Annual report on the working of the lock hospitals in the Central Provinces
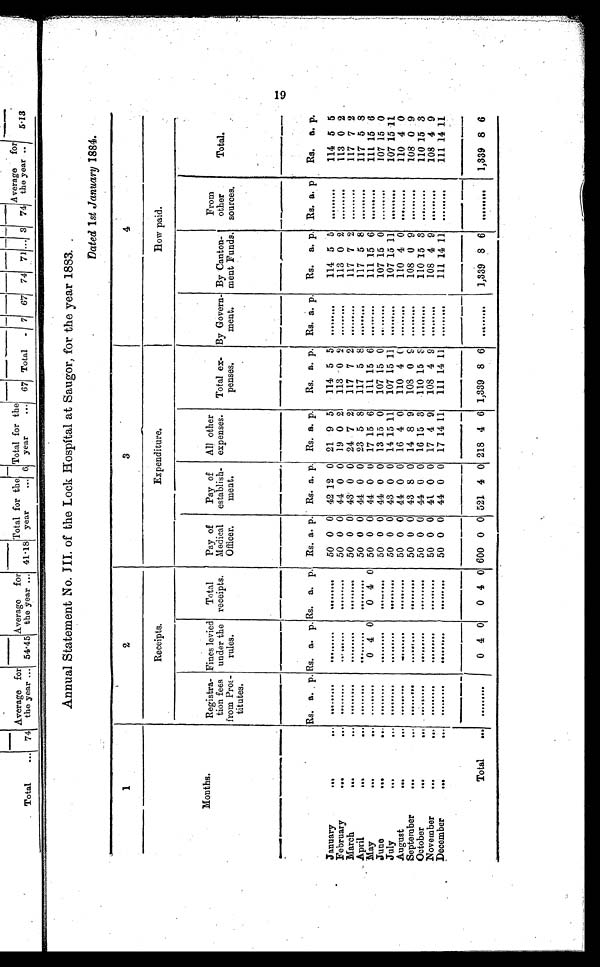
Annual Statement No. III. of the Lock Hospital at Saugor, for the year 1883.
Dated 1st January 1884.
1
2
3
4
M o n t h s .
Receipts.
Expenditure.
How paid.
Registra
tion fees
from Pros
titutes.
Fines levied
under the
rules.
Total
receipts.
Pay of
Medical
Officer.
Pay of
establish
ment.
All other
expenses.
Total ex
penses.
By Govern
ment.
By Canton
ment Funds.
From
other
sources.
Total.
Rs. a. p. Rs. a. p. Rs.
a. p. Rs. a. p. Rs. a. p. Rs. a. p.
Rs. a. p. Rs. a. p.
Rs.
a. p. Rs. a. p
Rs.
a. p.
January
...
. . .
. . .
. . .
. . .
. . .
. . .
. . .
. . .
. . .
50 0 0 42 12 0 21 9 5
114 5
5 ...
. . .
. . .
114 5
5 ...
. . . . . .
114 5 5
. . .
. . .
. . .
. . . ...
. . .
. . .
. . .
. . . 50 0 0 44 0 0 19 0 2
113 0
2 ...
. . .
. . .
113 0 2
113 0 2
February
...
. . .
. . .
. . .
. . .
. . .
. . .
. . .
. . .
. . . 50 0 0 43 0 0 24 7 2
117 7
2 ...
. . .
. . .
117 7
2 ...
. . . . . .
117 7 2
March
...
. . .
. . .
. . .
. . .
. . .
. . .
. . .
. . .
. . . 50 0 0 44 0 0 23 5 8
117 5 8
. . .
. . .
. . .
117 5
8 ...
. . . . . .
117 5 8
April
. . .
May
... ...
. . .
. . .
. . .
0 4 0
0 4 0 50 0 0 44 0 0 17 15 6
111 15 6
. . . . . .
. . .
111 15
6 ...
. . . . . .
111 15 6
June
...
. . .
. . .
. . .
. . . . . .
. . . . . .
. . . . . .
50 0 0 44 0 0 13 15 0
107 15 0
. . . . . . . . .
107 15
0 ...
. . . . . .
107 15 0
July
...
. . .
. . .
. . .
. . . . . .
. . .
. . .
. . . . . .
50 0 0 43 0 0 14 15 11
107 15 11 ...
. . . . . .
107 15
1 1
...
. . . . . .
107 15 11
August
...
...
. . .
. . .
. . .
. . .
. . .
. . .
. . .
. . .
. . .
50 0 0 44 0 0 16 4 0
110 4
0 ...
. . . . . .
110 4 0
... . . . . . .
110 4 0
. . .
. . .
. . .
. . .
. . .
. . .
. . .
. . . . . .
50 0 0 43 8 0 14 8 9
108 0
9 ...
. . . . . .
108 0
9 ...
. . . . . .
108 0 9
September
...
...
October
...
. . .
. . .
. . .
. . . . . .
. . .
. . .
. . . . . .
50 0 0 44 0 0 16 15 3
110 15
3 ...
. . . . . .
110 15 3
... . . . . . .
110 15 3
November
...
...
. . .
. . .
. . .
. . . . . .
. . .
. . .
. . . . . .
50 0 0 41 0 0 17 4 9
108 4
9 ...
. . . . . .
108 4 9
...
. . . . . .
108 4 9
December
...
...
. . .
. . .
. . .
. . .
...
. . .
. . .
. . .
. . .
50 0 0 44 0 0 17 14 11
111 14 11
...
. . .
. . .
111 14 11
...
. . .
. . .
111 14 11
Total
...
. . .
. . .
. . .
0
4
0
0
4
0
600 0 0 521 4 0 218 4 6 1,339 8 6
. . .
. . . . . . 1,339 8
6 ...
. . . . . . 1,339 8 6
19